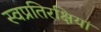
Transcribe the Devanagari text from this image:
स्वप्रतिरक्षियां